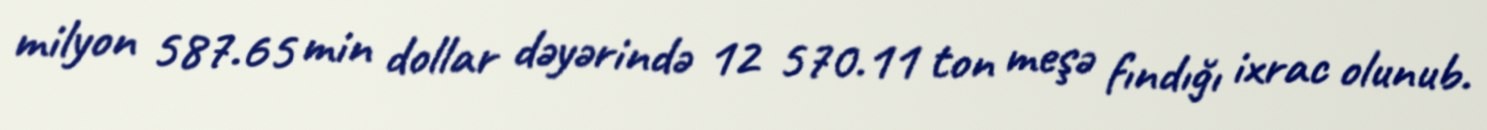
milyon 587.65 min dollar dəyərində 12 570.11 ton meşə fındığı ixrac olunub.